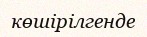
көшірілгенде